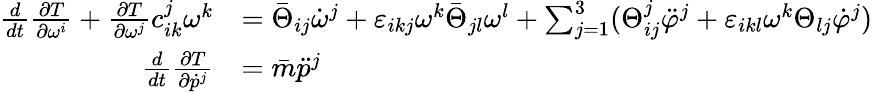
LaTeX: \begin{array}{rl}{\frac{d}{dt}\frac{\partial T}{\partial\omega^{i}}+\frac{\partial T}{\partial\omega^{j}}c_{ik}^{j}\omega^{k}}&{=\bar{\Theta}_{ij}\dot{\omega}^{j}+\varepsilon_{ikj}\omega^{k}\bar{\Theta}_{jl}\omega^{l}+\sum_{j=1}^{3}(\Theta_{ij}^{j}\ddot{\varphi}^{j}+\varepsilon_{ikl}\omega^{k}\Theta_{lj}\dot{\varphi}^{j})}\\ {\frac{d}{dt}\frac{\partial T}{\partial\dot{p}^{j}}}&{=\bar{m}\ddot{p}^{j}}\end{array}